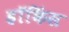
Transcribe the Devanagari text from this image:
हॉकिंस